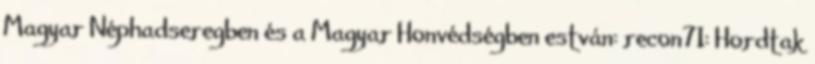
Magyar Néphadseregben és a Magyar Honvédségben estván: recon71: Hordtak